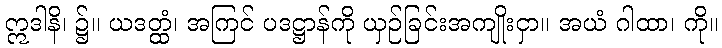
ဣဒါနိ၊ ၌။ ယဒတ္ထံ၊ အကြင် ပဒဋ္ဌာန်ကို ယှဉ်ခြင်းအကျိုးငှာ။ အယံ ဂါထာ၊ ကို။